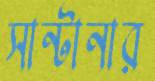
সান্টানার